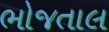
ભોજતાલ